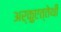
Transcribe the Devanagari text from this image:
अर्क़ुएत्तेथी